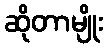
ဆိုတာမျိုး